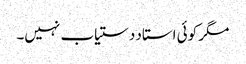
مگر کوئی استاد دستیاب نہیں۔